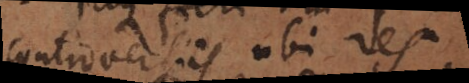
controversiis ubi res,